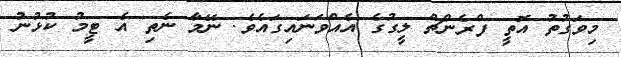
މިވަގުތު އޮތީ ފްރެންޗް ލީގުގެ އެއްވަނައިގައެވެ. ނޭމާ ނެތި އެ ޓީމު ކުޅުނު